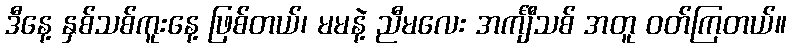
ဒီနေ့ နှစ်သစ်ကူးနေ့ ဖြစ်တယ်၊ မမနဲ့ ညီမလေး အင်္ကျီသစ် အတူ ဝတ်ကြတယ်။